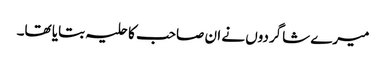
میرے شاگردوں نے ان صاحب کا حلیہ بتایا تھا۔